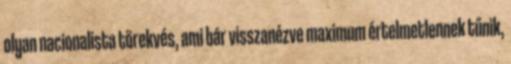
olyan nacionalista törekvés, ami bár visszanézve maximum értelmetlennek tűnik,